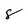
Character: 8